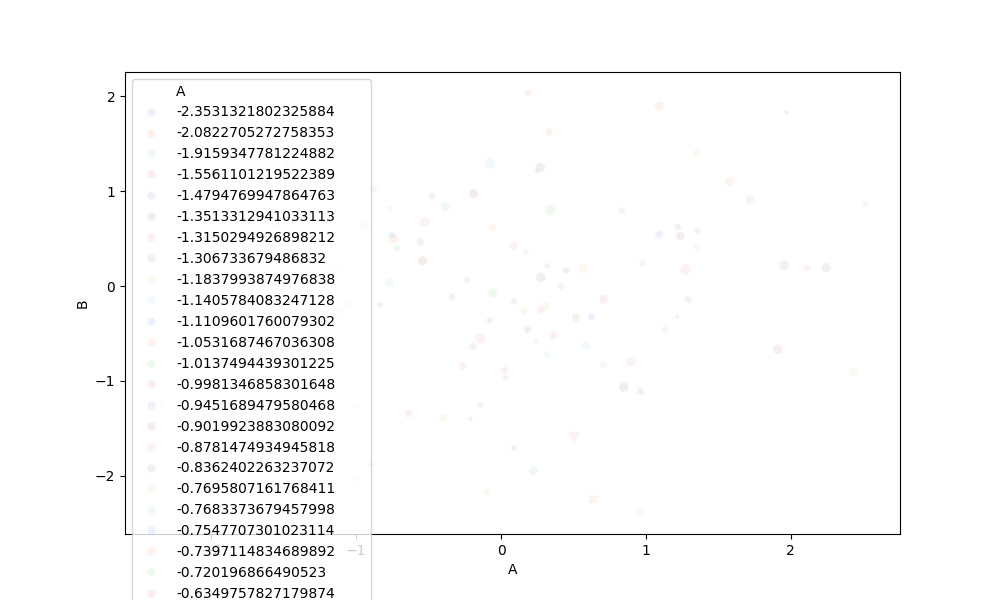
python, seaborn, scatterplot, hue='A', style='B', size='C', palette='muted', alpha=0.1